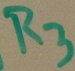
Text: R3